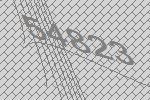
54823